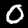
Label: 0